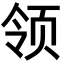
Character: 领